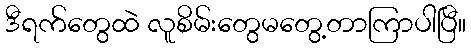
ဒီရက်တွေထဲ လူစိမ်းတွေမတွေ့တာကြာပါပြီ။